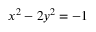
x ^ { 2 } - 2 y ^ { 2 } = - 1